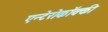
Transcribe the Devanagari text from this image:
एन्टेरोकॉक्की